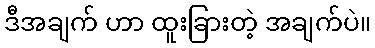
ဒီအချက် ဟာ ထူးခြားတဲ့ အချက်ပဲ။